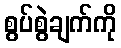
စွပ်စွဲချက်ကို